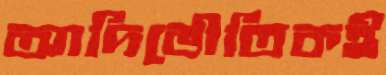
আদিভৌতিকই